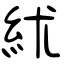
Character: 絉